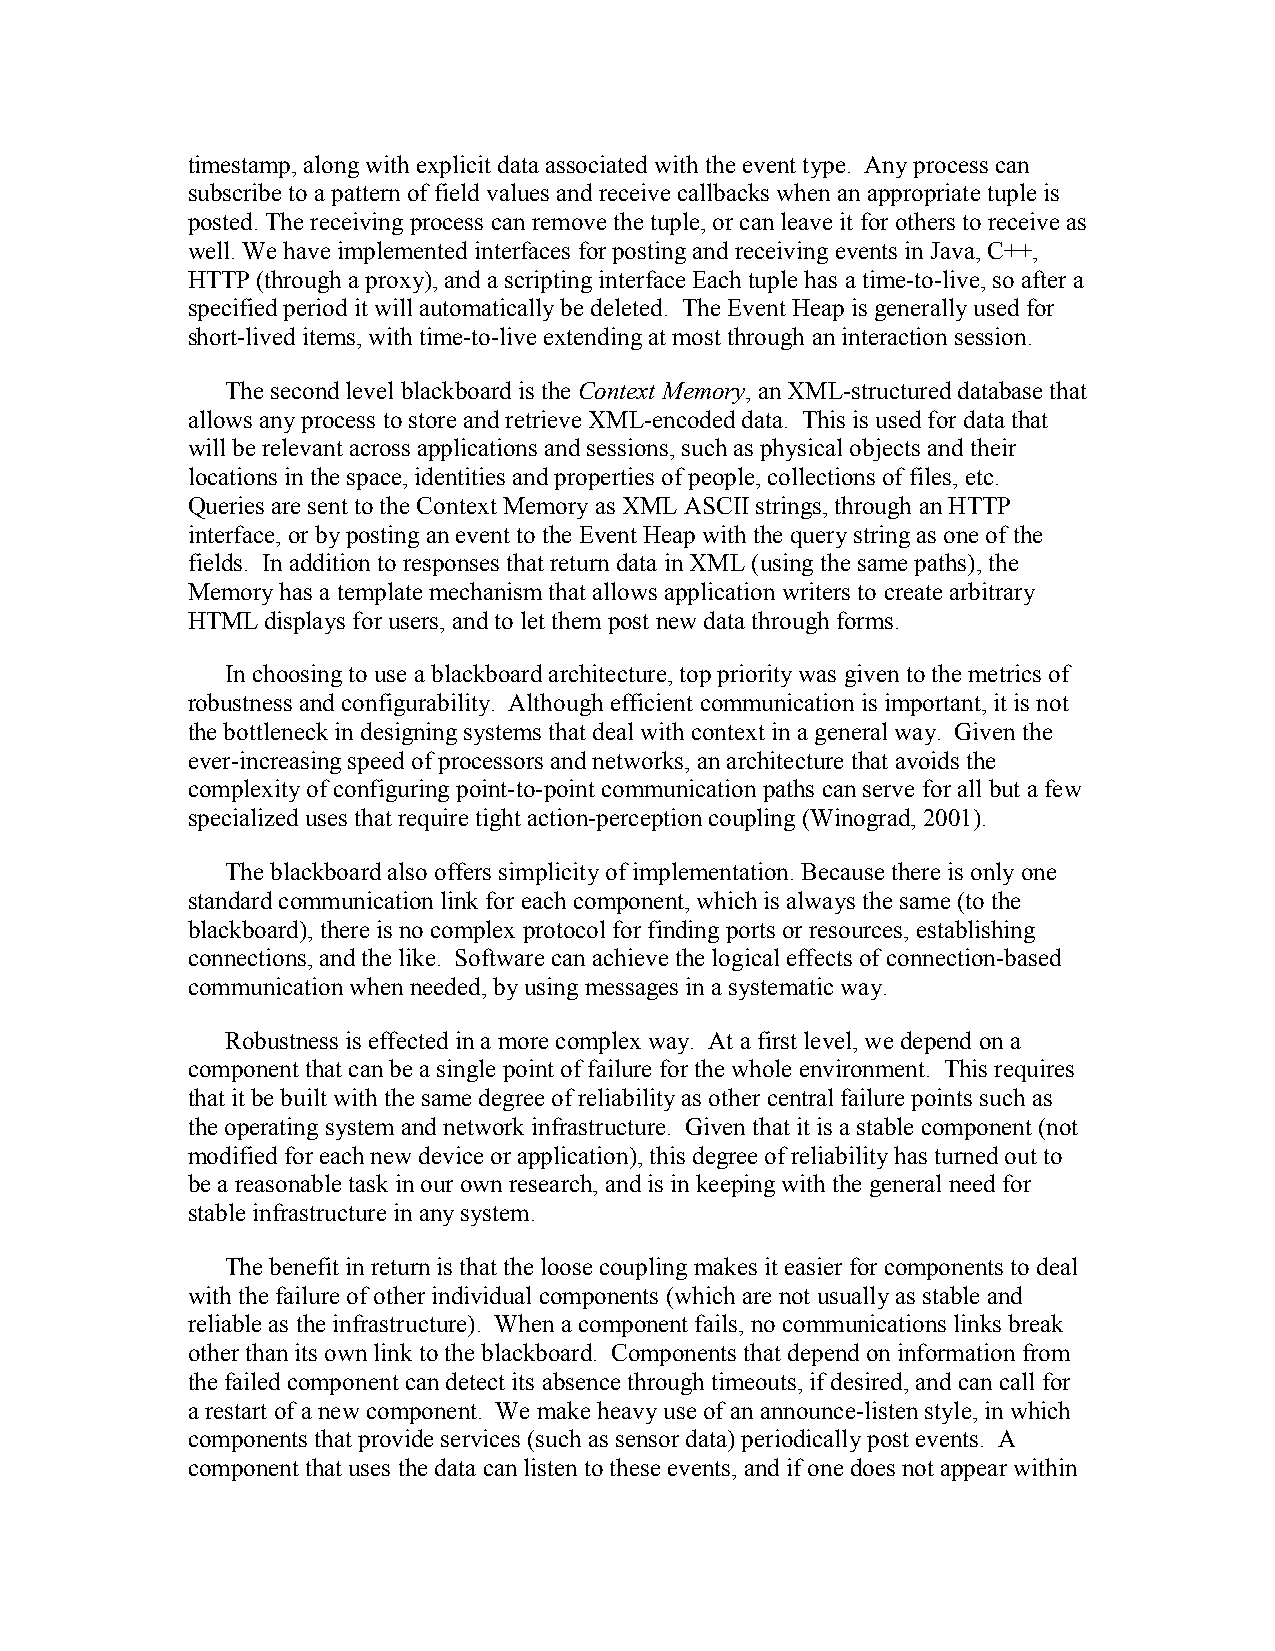
timestamp, along with explicit data associated with the event type. Any process can
 subscribe to a pattern of field values and receive callbacks when an appropriate tuple is
 posted. The receiving process can remove the tuple, or can leave it for others to receive as
 well. We have implemented interfaces for posting and receiving events in Java, C++,
 HTTP (through a proxy), and a scripting interface Each tuple has a time-to-live, so after a
 specified period it will automatically be deleted. The Event Heap is generally used for
 short-lived items, with time-to-live extending at most through an interaction session.
 The second level blackboard is the Context Memory, an XML-structured database that
 allows any process to store and retrieve XML-encoded data. This is used for data that
 will be relevant across applications and sessions, such as physical objects and their
 locations in the space, identities and properties of people, collections of files, etc.
 Queries are sent to the Context Memory as XML ASCII strings, through an HTTP
 interface, or by posting an event to the Event Heap with the query string as one of the
 fields. In addition to responses that return data in XML (using the same paths), the
 Memory has a template mechanism that allows application writers to create arbitrary
 HTML  displays for users, and to let them post new data through forms.
 In choosing to use a blackboard architecture, top priority was given to the metrics of
 robustness and configurability. Although efficient communication is important, it is not
 the bottleneck in designing systems that deal with context in a general way. Given the
 ever-increasing speed of processors and networks, an architecture that avoids the
 complexity of configuring point-to-point communication paths can serve for all but a few
 specialized uses that require tight action-perception coupling (Winograd, 2001).
 The blackboard also offers simplicity of implementation. Because there is only one
 standard communication link for each component, which is always the same (to the
 blackboard), there is no complex protocol for finding ports or resources, establishing
 connections, and the like. Software can achieve the logical effects of connection-based
 communication when needed, by using messages in a systematic way.
 Robustness is effected in a more complex way. At a first level, we depend on a
 component that can be a single point of failure for the whole environment. This requires
 that it be built with the same degree of reliability as other central failure points such as
 the operating system and network infrastructure. Given that it is a stable component (not
 modified for each new device or application), this degree of reliability has turned out to
 be a reasonable task in our own research, and is in keeping with the general need for
 stable infrastructure in any system.
 The benefit in return is that the loose coupling makes it easier for components to deal
 with the failure of other individual components (which are not usually as stable and
 reliable as the infrastructure). When a component fails, no communications links break
 other than its own link to the blackboard. Components that depend on information from
 the failed component can detect its absence through timeouts, if desired, and can call for
 a restart of a new component. We make heavy use of an announce-listen style, in which
 components that provide services (such as sensor data) periodically post events. A
 component that uses the data can listen to these events, and if one does not appear within